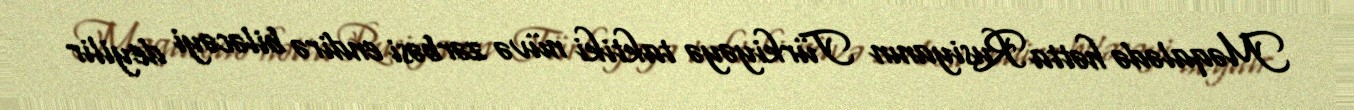
Məqalədə hətta Rusiyanın Türkiyəyə taktiki nüvə zərbəsi endirə biləcəyi deyilir